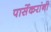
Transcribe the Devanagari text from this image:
पार्सेकरांनी